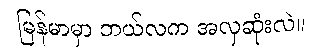
မြန်မာမှာ ဘယ်လက အလှဆုံးလဲ။